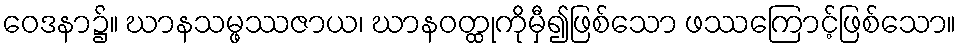
ဝေဒနာ၌။ ဃာနသမ္ဖဿဇာယ၊ ဃာနဝတ္ထုကိုမှီ၍ဖြစ်သော ဖဿကြောင့်ဖြစ်သော။